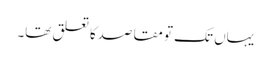
یہاں تک تو مقاصدکا تعلق تھا۔